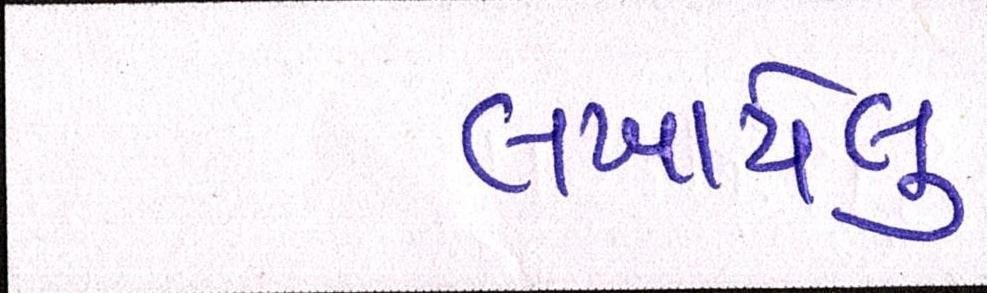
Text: લખાયેલુ